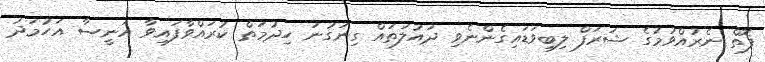
ފޮތް ނެރުއްވުމުގެ ޝަރަފް ލިބިވަޑައިގެންނެވި ދައުލަތައް ގިނަގުނަ ހިދުމަތް ކުރައްވާފައިވާ އަނީސާ އަހުމަދު